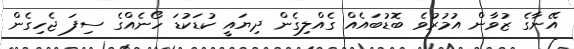
އޭނާގެ ޒުވާން އުމުރުވެ ބޮޑުބައެއް ގެއްލިގެން ދިޔައީ ކުޑަކުޑަ ހޯނެއްގެ ސިފަ ޖެހިގެން